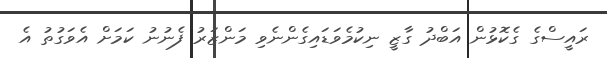
ރައީސްގެ ގެކޮޅުން އަބްދު ގާޒީ ނިކުމެވަޑައިގެންނެވި މަންޒަރު ފެނުނު ކަމަށް އެވަގުތު އެ